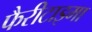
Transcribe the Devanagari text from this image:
फैरीटाइमा